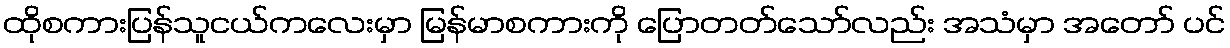
ထိုစကားပြန်သူငယ်ကလေးမှာ မြန်မာစကားကို ပြောတတ်သော်လည်း အသံမှာ အတော် ပင်